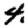
Digit: 4